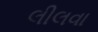
લીલવા